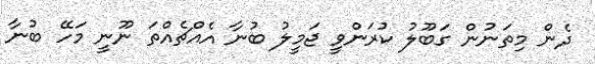
ދެން މިތަނުން ގަބޫލު ކުރަންވީ ޖަމީލު ބުނާ އެއްޗެއްތަ ނޫނީ މަހޭ ބުނާ